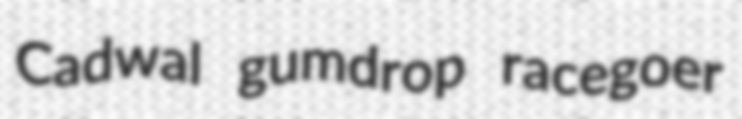
Cadwal gumdrop racegoer